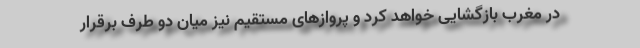
در مغرب بازگشایی خواهد کرد و پروازهای مستقیم نیز میان دو طرف برقرار